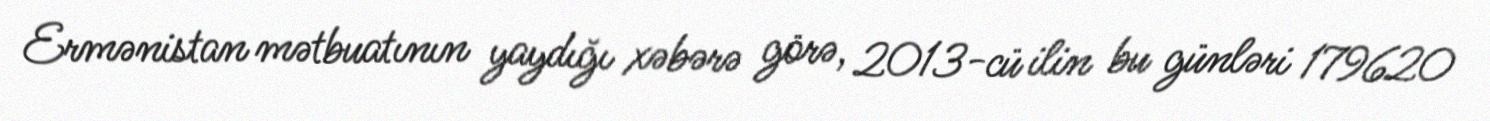
Ermənistan mətbuatının yaydığı xəbərə görə, 2013-cü ilin bu günləri 179620